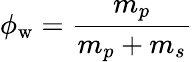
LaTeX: \phi_{\mathrm{w}}=\frac{m_{p}}{m_{p}+m_{s}}